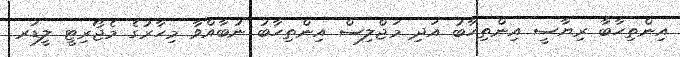
އިންތިހާބާ ރިޔާސީ އިންތިހާބު އަދި މަޖްލިސް އިންތިހާބު ނުބާއްވާ މިހާރުގެ މެޖޯރިޓީ ލީޑަރ